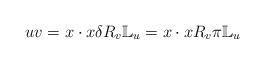
\begin{align*}uv=x\cdot x\delta R_v\mathbb{L}_u=x\cdot xR_v\pi\mathbb{L}_u\end{align*}